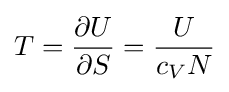
T={\frac {\partial U}{\partial S}}={\frac {U}{c_{V}N}}